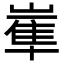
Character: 𡻛